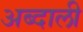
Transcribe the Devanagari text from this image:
अब्‍दाली